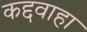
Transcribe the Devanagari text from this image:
कद्दवाहा